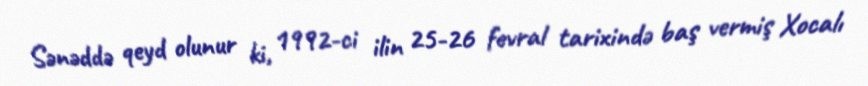
Sənəddə qeyd olunur ki, 1992-ci ilin 25-26 fevral tarixində baş vermiş Xocalı